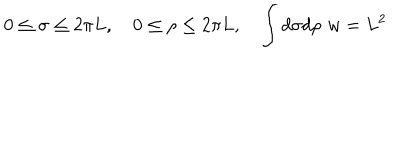
0 \le \sigma \le 2 \pi L , \quad 0 \le \rho \le 2 \pi L , \quad \int d \sigma d \rho \, \, w = L ^ { 2 }